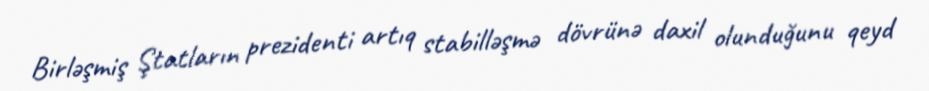
Birləşmiş Ştatların prezidenti artıq stabilləşmə dövrünə daxil olunduğunu qeyd